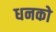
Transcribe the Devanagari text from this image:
धनको